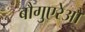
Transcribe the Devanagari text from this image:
बौगुएरेऔ